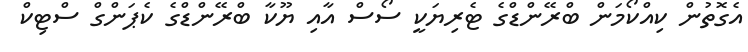
އެގޮތުން ކިއްކޯމަން ބްރޭންޑްގެ ޓެރިޔަކީ ސޯސް އާއި ޔޫކާ ބްރޭންޑްގެ ކެޕަންގް ސްޓިކް